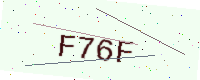
Text: F76F